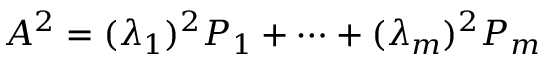
A ^ { 2 } = ( \lambda _ { 1 } ) ^ { 2 } P _ { 1 } + \cdots + ( \lambda _ { m } ) ^ { 2 } P _ { m }